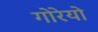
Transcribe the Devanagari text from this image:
गोरेयो